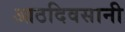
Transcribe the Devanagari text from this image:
आठदिवसानी